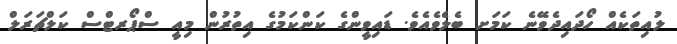
ލުއިތަކެއް ހޯދައިދެވޭނެ ކަމަށ ބެލެވެއެވެ. ޑައިވީންގެ ކަންކަމުގެ އިތުރުން މިއީ ސްޕޯރޓްސް ކަލްޗަރަލް